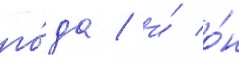
го́да / и́ о́н